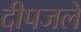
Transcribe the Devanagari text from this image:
दीपजले